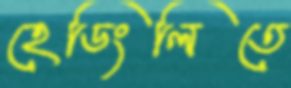
হেডিংলিতে